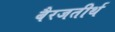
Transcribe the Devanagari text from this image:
बैरजतीर्थ